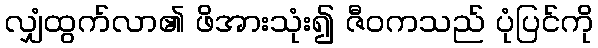
လျှံထွက်လာ၏ ဖိအားသုံး၍ ဇီဝကသည် ပုံပြင်ကို